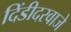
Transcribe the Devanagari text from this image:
दिंडीदरवाजे